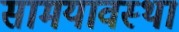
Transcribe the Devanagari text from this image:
सामयावस्था